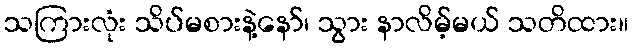
သကြားလုံး သိပ်မစားနဲ့နော်၊ သွား နာလိမ့်မယ် သတိထား။